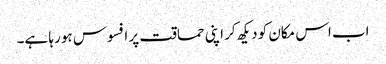
اب اس مکان کو دیکھ کر اپنی حماقت پر افسوس ہو رہا ہے۔